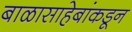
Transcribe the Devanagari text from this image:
बाळासाहेबांकडून